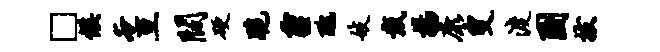
□候奄亘阔硬跪霾丑妓戴扬康叟渡圃拔